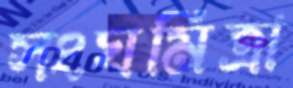
সংঘমিত্রা